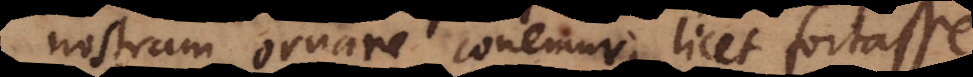
nostram ornare conemur; licet fortasse